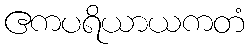
ဧကပရိယာယကတံ